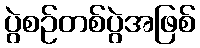
ပွဲစဉ်တစ်ပွဲအဖြစ်